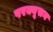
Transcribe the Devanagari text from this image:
परक्यूसन